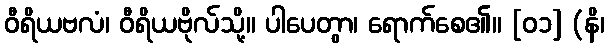
ဝီရိယဗလံ၊ ဝီရိယဗိုလ်သို့။ ပါပေတွာ၊ ရောက်စေ၏။ [၀၁] (နိ၊